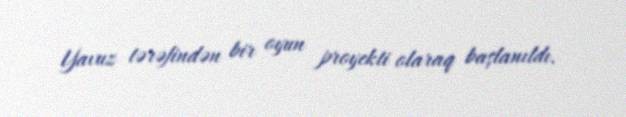
Yavuz tərəfindən bir oyun proyekti olaraq başlanıldı.